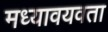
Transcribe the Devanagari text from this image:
मध्यावयवता